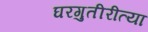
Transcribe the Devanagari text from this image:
घरगुतीरीत्या